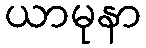
ယာမုနာ